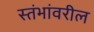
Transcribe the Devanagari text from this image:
स्तंभांवरील